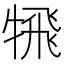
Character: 𩙲